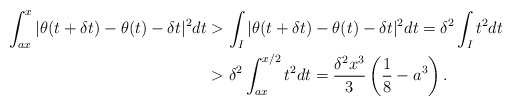
\begin{align*}\int_{ax}^{x} | \theta(t+\delta t) - \theta(t) - \delta t|^2 dt &> \int_I | \theta(t+\delta t) - \theta(t) - \delta t|^2 dt = \delta^2 \int_I t^2 dt \\&> \delta^2\int_{ax}^{x/2} t^2 dt = \frac{\delta^2 x^3}{3} \left( \frac{1}{8} - a^3 \right).\end{align*}